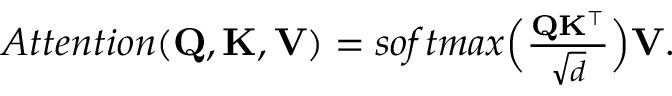
\begin{array} { r } { A t t e n t i o n ( \mathbf { Q } , \mathbf { K } , \mathbf { V } ) = s o f t m a x \Big ( \frac { \mathbf { Q } \mathbf { K } ^ { \top } } { \sqrt { d } } \Big ) \mathbf { V } . } \end{array}